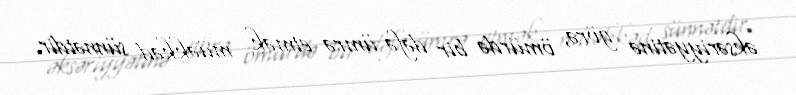
əksəriyyətinə görə, ömürdə bir dəfə ümrə etmək müəkkəd sünnətdir.